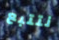
نتتبع